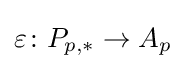
\varepsilon \colon P_{p,*}\to A_{p}